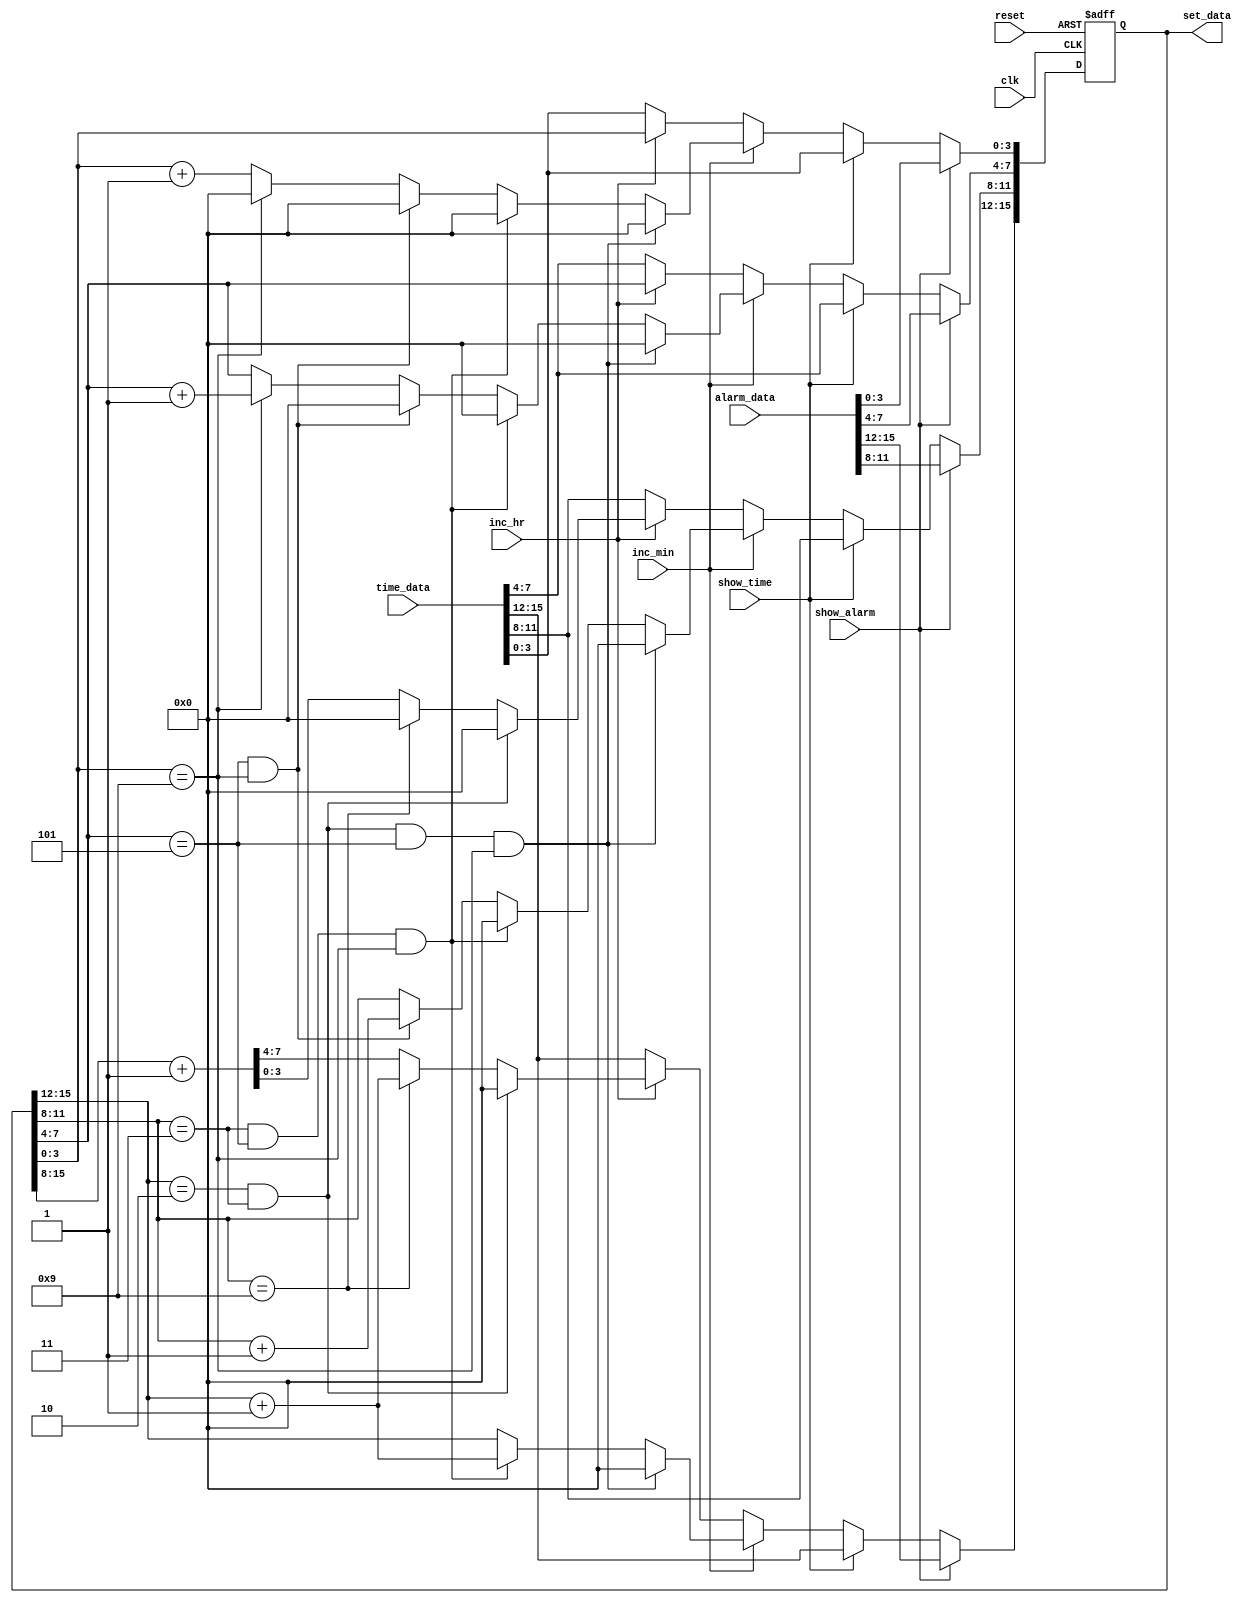
`timescale 1ns / 1ps
module time_set_counter(
	input clk,reset,inc_min,inc_hr,show_alarm,show_time,
	input [15:0] time_data,alarm_data,
	output reg [15:0] set_data
    );
	 
	 always @(posedge clk , negedge reset)
		 begin
			if(!reset)
				set_data <= 0;
			else if(show_alarm)
				set_data <= alarm_data;
			else if(show_time)
				set_data <= time_data;
			else if(inc_min)
				begin
					if(set_data[15:12] == 4'b0010 && set_data[11:8] == 4'b0011 && set_data[7:4] == 4'b0101 && set_data[3:0] == 4'b1001) // 2 3 : 5 9 then 0 0 : 0 0
						begin 
							set_data[15:0] <= 16'h0000;
						end
					else if(set_data[11:8] == 4'b0011 && set_data[7:4] == 4'b0101 && set_data[3:0] == 4'b1001) // ? 3 : 5 9 ----- ?+1 0 : 0 0
						begin 
							set_data[15:12] <= set_data[15:12] + 1'b1;
							set_data[11:0] <= 1'b0;
						end
					else if(set_data[7:4] == 4'b0101 && set_data[3:0] == 4'b1001) // ? ? : 5 9 ------ ?  ?+1 : 0 0
						begin
							set_data[11:8] <= set_data[11:8] + 1'b1;
							set_data[7:0] <= 1'b0;
						end
					else if(set_data[3:0] == 4'b1001) // ? ? : ? 9 ------ ? ? : ?+1 0
						begin
							set_data[3:0] <= 1'b0;
							set_data[7:4] <= set_data[7:4] + 1'b1;
						end
						else
							set_data[3:0] <= set_data + 1'b1;   //HR:MN just increament N = N + 1
				end
			else if(inc_hr)
				begin
					if(set_data[15:12] == 4'b0010 && set_data[11:8] == 4'b0011)   // HR -- 2 3 --- make it 0 0 
						set_data[15:8] <= 8'h00;
					else if(set_data[11:8] == 4'b1001) // HR ---- ? 9 --- (?+1) 0
						begin
							set_data[11:8] <= 0;
							set_data[15:12] <= set_data[15:12] + 1'b1;	
						end
					else
						set_data[15:8] <= set_data[15:8] + 1'b1;
				end
			else
				set_data <= time_data;
				
		 end


endmodule